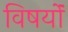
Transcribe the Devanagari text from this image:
विषयोंं